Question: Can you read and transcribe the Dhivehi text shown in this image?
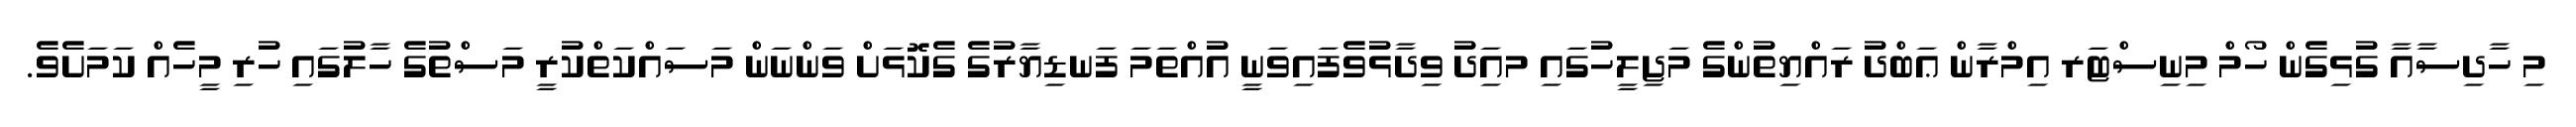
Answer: މި ހާދިސާއާ ގުޅިގެން ހޯމް މިނިސްޓަރ އިމްރާން ޢަބްދު ރައްޔިތުންގެ މަޖިލީހުގައި މއިަދު ވިދާޅުވެފައިވަނީ އުއްތަމަ ފަނޑިޔާރުގެ ގެކޮޅަށް ވަންނަން މަސައްކަތްކުރީ މަސްތުގެ ހާލުގައި ހުރި މީހެއް ކަމަށެވެ.